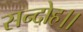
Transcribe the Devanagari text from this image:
सन्‍दोह।।